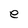
Character: e